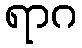
ရာဂ